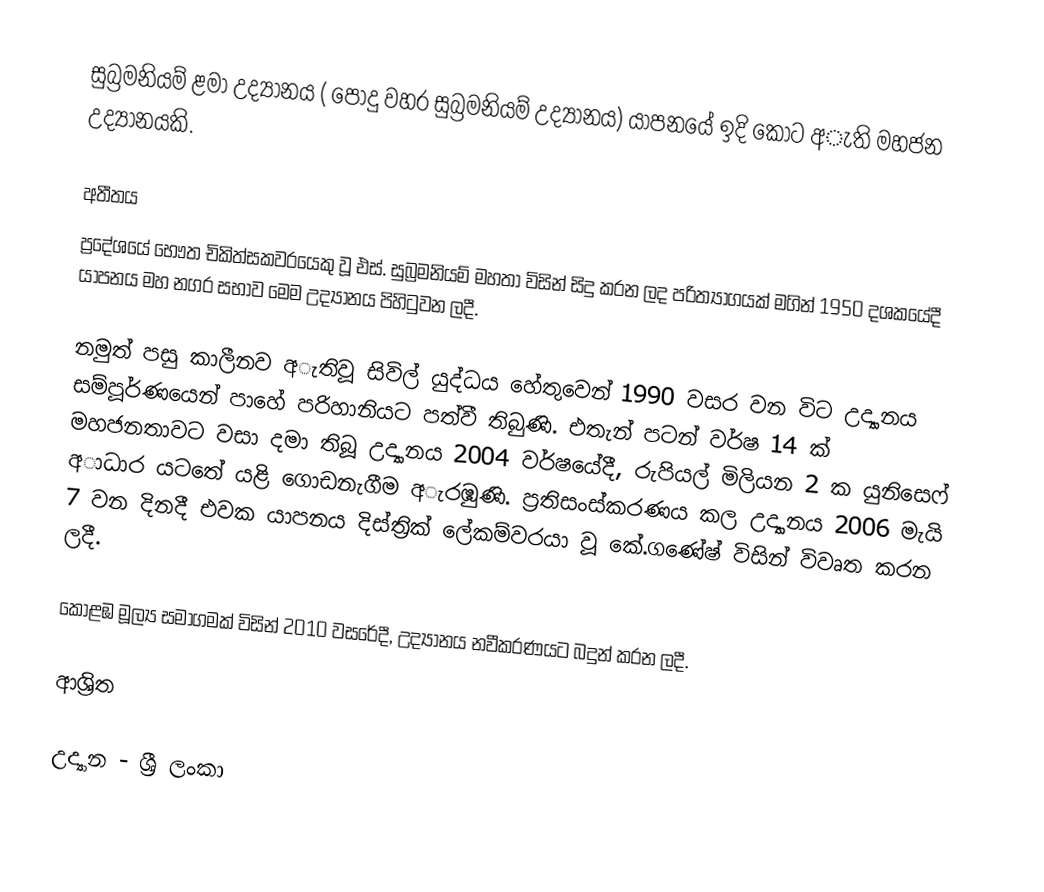
සුබ්‍රමනියම් ළමා උද්‍යානය ( පොදු වහර සුබ්‍රමනියම් උද්‍යානය) යාපනයේ ඉදි කොට අැති මහජන උද්‍යානයකි.

අතීතය
ප්‍රදේශයේ භෞත චිකිත්සකවරයෙකු වූ එස්. සුබ්‍රමනියම් මහතා විසින් සිදු කරන ලද පරිත්‍යාගයක් මගින් 1950 දශකයේදී යාපනය මහ නගර සභාව මෙම උද්‍යානය පිහිටුවන ලදී.

නමුත් පසු කාලීනව අැතිවූ සිවිල් යුද්ධය හේතුවෙන් 1990 වසර වන විට උද්‍යානය සම්පූර්ණයෙන් පාහේ පරිහානියට පත්වී තිබුණි. එතැන් පටන් වර්ෂ 14 ක් මහජනතාවට වසා දමා තිබූ උද්‍යානය 2004 වර්ෂයේදී, රුපියල් මිලියන 2 ක යුනිසෙෆ් අාධාර යටතේ යළි ගොඩනැගීම අැරඹුණි. ප්‍රතිසංස්කරණය කල උද්‍යානය 2006 මැයි 7 වන දිනදී එවක යාපනය දිස්ත්‍රික් ලේකම්වරයා වූ කේ.ගණේෂ් විසින් විවෘත කරන ලදී.

කොළඹ මූල්‍ය සමාගමක් විසින් 2010 වසරේදී, උද්‍යානය නවීකරණයට බදුන් කරන ලදී.

ආශ්‍රිත

උද්‍යාන - ශ්‍රී ලංකා